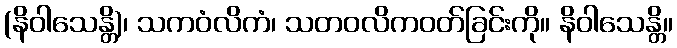
(နိဝါသေန္တိ)၊ သကဝံလိကံ၊ သတဝလိကဝတ်ခြင်းကို။ နိဝါသေန္တိ။